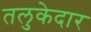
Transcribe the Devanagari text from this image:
तलुकेदार